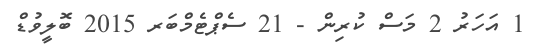
1 އަހަރު 2 މަސް ކުރިން - 21 ސެޕްޓެމްބަރ 2015 ބޮލީވުޑް